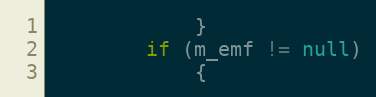
Language: Java
            }
        if (m_emf != null)
            {